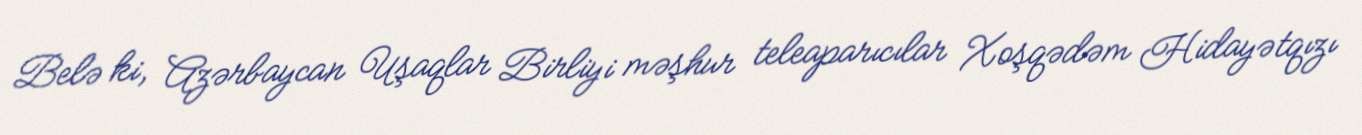
Belə ki, Azərbaycan Uşaqlar Birliyi məşhur teleaparıcılar Xoşqədəm Hidayətqızı